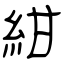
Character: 紺